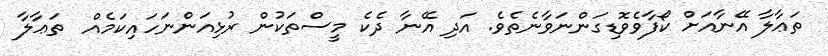
ތަޢާލާ އޭނާއަށް ކޯފާވެވޮޑިގަންނަވާނެތެވެ. އަދި އޭނާ ދެކެ މީސްތަކުން ރުޅިއަންނަހައިކަމެއް  ތަޢާލާ